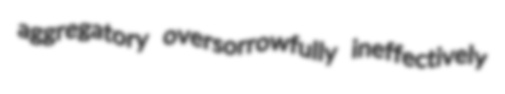
aggregatory oversorrowfully ineffectively